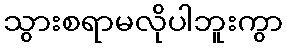
သွားစရာမလိုပါဘူးကွာ